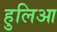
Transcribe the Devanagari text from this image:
हुलिआ